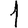
Digit: 1